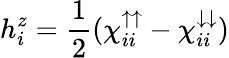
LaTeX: h_{i}^{z}=\frac{1}{2}(\chi_{ii}^{{\uparrow}{\uparrow}}-\chi_{ii}^{{\downarrow}{\downarrow}})